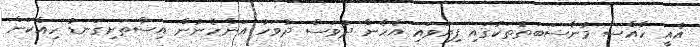
އެއީ ހާއްސަ މުނާސަބަތުތަކުގައި ފިޔަވައި އެހެން ދުވަސް ދުވަހު އަންހެނުން އިސްތަށިގަނޑު ހިއްކަން